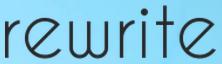
rewrite